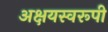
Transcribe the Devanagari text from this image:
अक्षयस्वरूपी